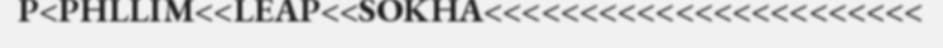
P<PHLLIM<<LEAP<<SOKHA<<<<<<<<<<<<<<<<<<<<<<<